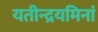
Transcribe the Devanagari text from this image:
यतीन्द्रयमिनां